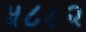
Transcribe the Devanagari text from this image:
५८८२